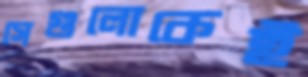
সেগুলোকেই